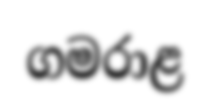
ගමරාළ